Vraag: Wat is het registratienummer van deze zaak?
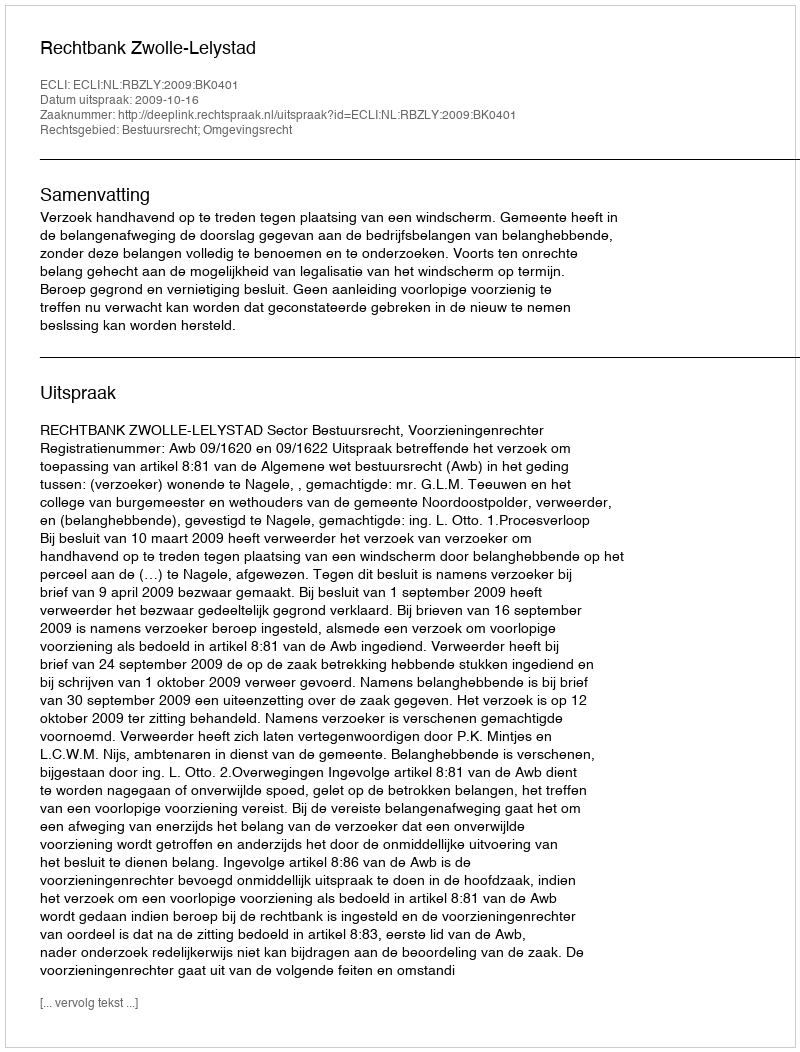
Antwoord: http://deeplink.rechtspraak.nl/uitspraak?id=ECLI:NL:RBZLY:2009:BK0401